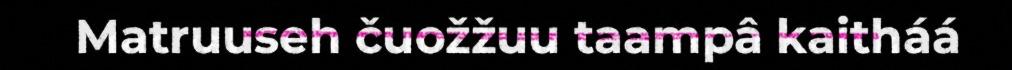
Matruuseh čuožžuu taampâ kaitháá